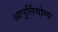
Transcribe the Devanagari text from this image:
आपूर्तियोग्य